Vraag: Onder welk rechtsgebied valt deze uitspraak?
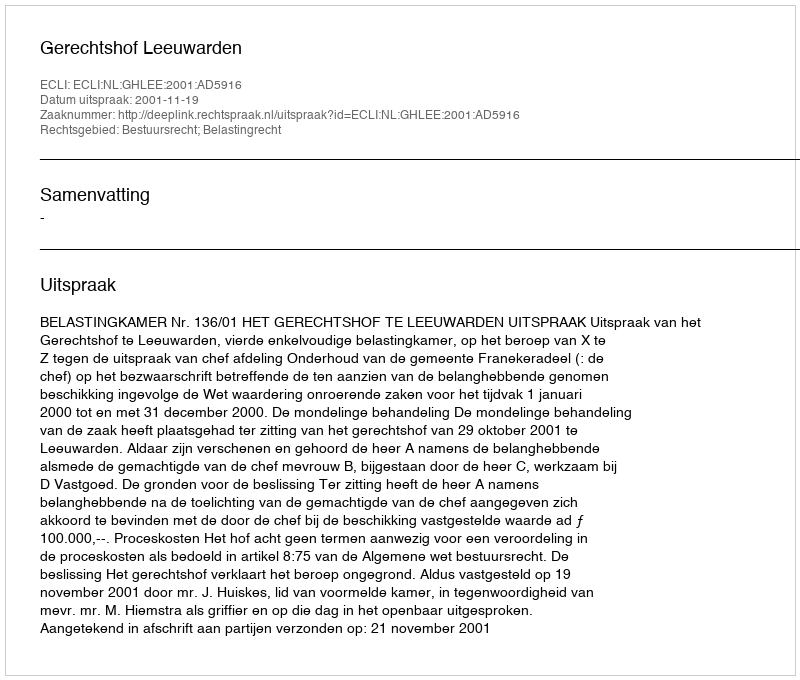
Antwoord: Bestuursrecht; Belastingrecht